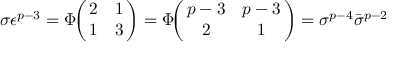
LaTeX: \sigma \epsilon ^ { p - 3 } = \Phi \! \! \left( \! \! \begin{array} { c c } { { 2 } } & { { 1 } } \\ { { 1 } } & { { 3 } } \end{array} \! \! \right) = \Phi \! \! \left( \! \! \begin{array} { c c } { { p - 3 } } & { { p - 3 } } \\ { { 2 } } & { { 1 } } \end{array} \! \! \right) = \sigma ^ { p - 4 } \bar { \sigma } ^ { p - 2 }